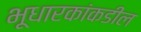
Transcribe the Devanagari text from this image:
भूधारकांकडील